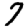
Digit: 7